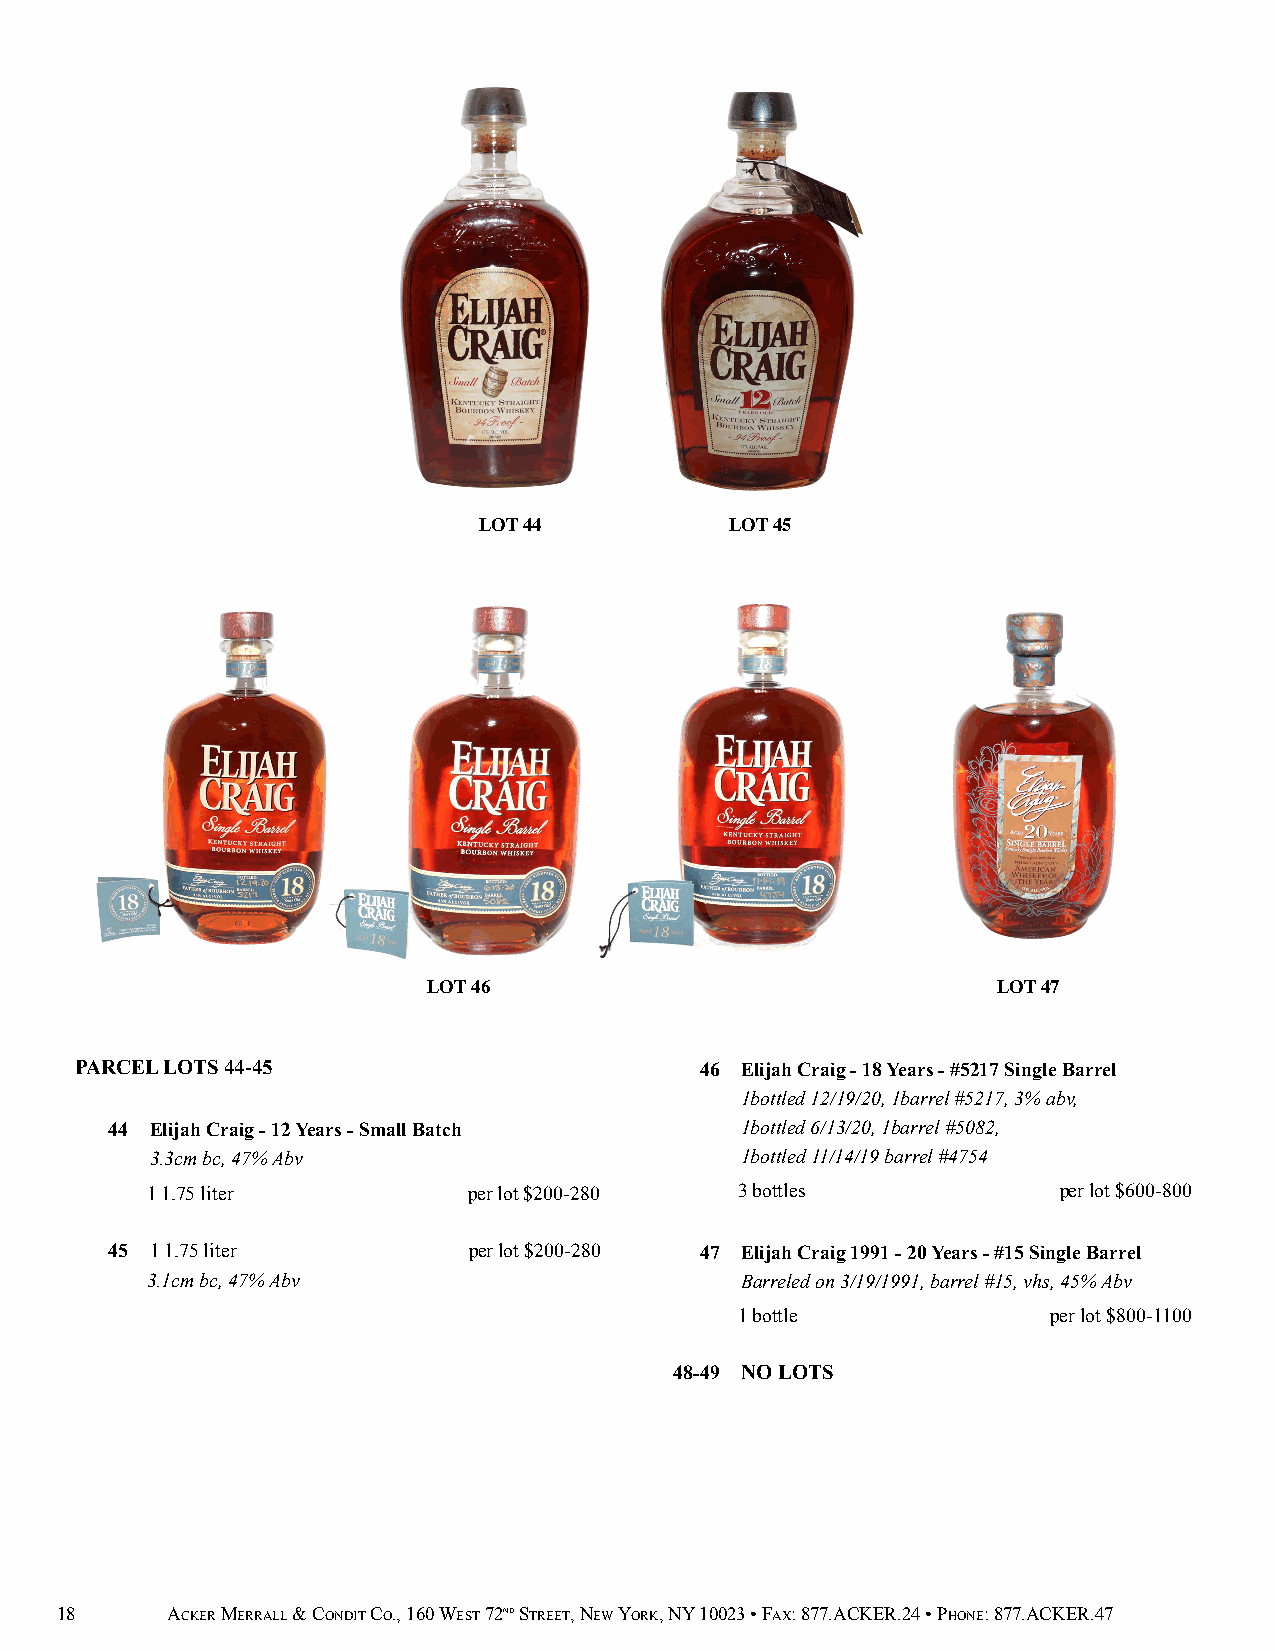
LOT 44          LOT 45
 LOT 46                                LOT 47
 PARCEL LOTS 44-45                        46 Elijah Craig - 18 Years - #5217 Single Barrel
 1bottled 12/19/20, 1barrel #5217, 3% abv,
 44 Elijah Craig - 12 Years - Small Batch  1bottled 6/13/20, 1barrel #5082,
 3.3cm bc, 47% Abv                      1bottled 11/14/19 barrel #4754
 1 1.75 liter         per lot $200-280  3 bottles            per lot $600-800
 45 1 1.75 liter         per lot $200-280 47 Elijah Craig 1991 - 20 Years - #15 Single Barrel
 3.1cm bc, 47% Abv                      Barreled on 3/19/1991, barrel #15, vhs, 45% Abv
 1 bottle             per lot $800-1100
 48-49 NO LOTS
 18     ACKER MERRALL & CONDIT CO., 160 WEST 72ND STREET, NEW YORK, NY 10023 • FAX: 877.ACKER.24 • PHONE: 877.ACKER.47